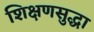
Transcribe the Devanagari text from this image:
शिक्षणसुद्धा